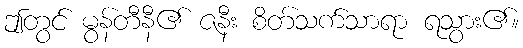
ဤတွင် မွန်တီနီ၏ ဇနီး စိတ်သက်သာရာ ရသွား၏။